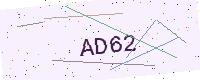
Text: AD62